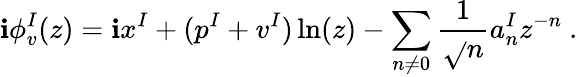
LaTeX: \mathbf{i}\phi_{v}^{I}(z)=\mathbf{i}x^{I}+(p^{I}+v^{I})\ln(z)-\sum_{n\not{=}0}{\frac{{1}}{{\sqrt{}{{n}}}}}a_{n}^{I}z^{-n}~.